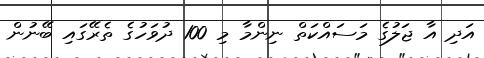
އަދި އާ ޖަލުގެ މަސައްކަތް ނިންމާ މި 100 ދުވަހުގެ ތެރޭގައި ބޭނުން